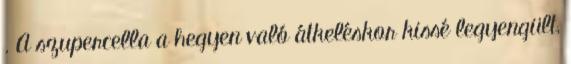
. A szupercella a hegyen való átkeléskor kissé legyengült,